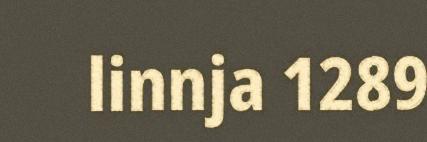
linnja 1289